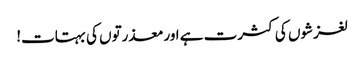
لغزشوں کی کثرت ہے اورمعذرتوں کی بہتات!